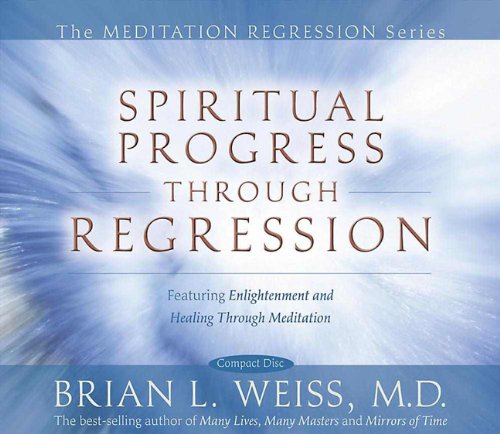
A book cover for Spiritual Progress Through Regression (Meditation Regression); Brian Weiss; Religion & Spirituality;